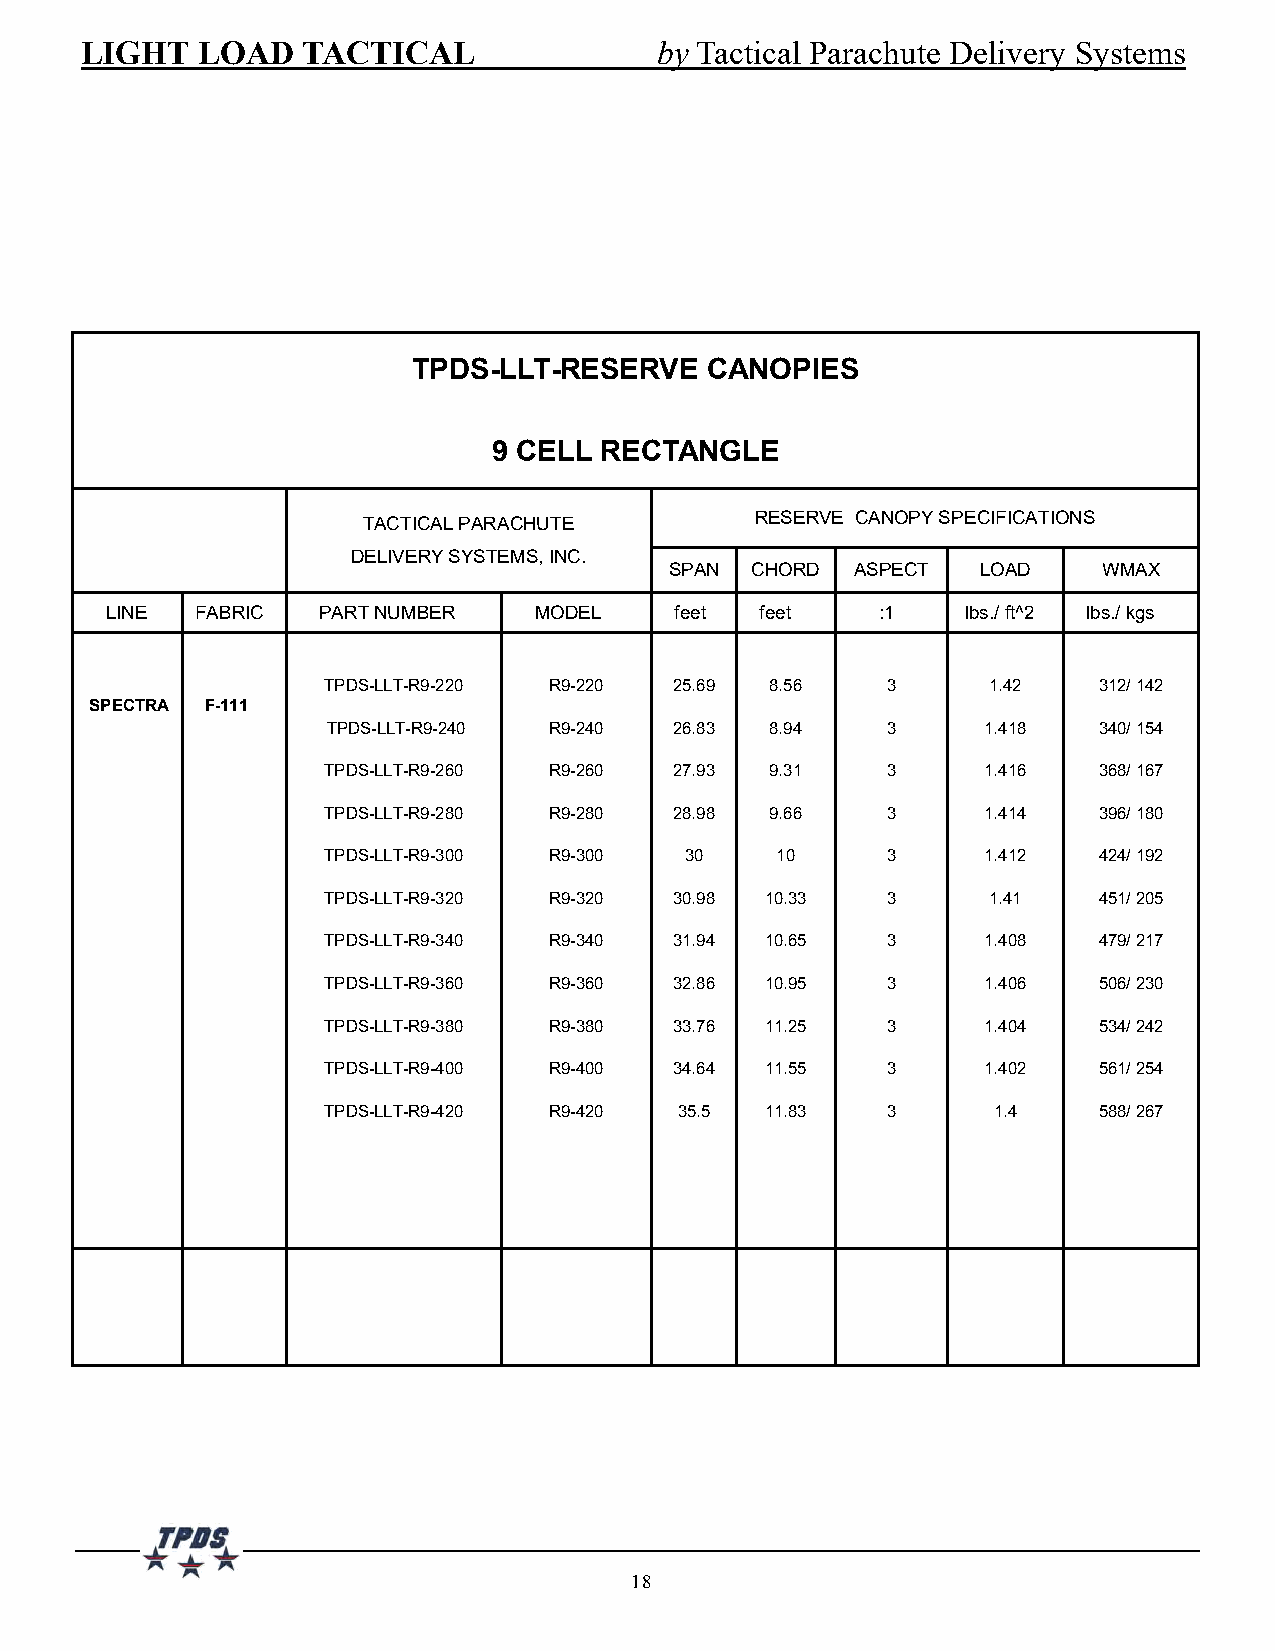
LIGHT   LOAD   TACTICAL               by Tactical Parachute Delivery Systems
 TPDS-LLT-RESERVE    CANOPIES
 9 CELL RECTANGLE
 TACTICAL PARACHUTE        RESERVE CANOPY SPECIFICATIONS
 DELIVERY SYSTEMS, INC.
 SPAN  CHORD  ASPECT  LOAD    WMAX
 LINE  FABRIC  PART NUMBER   MODEL     feet feet    :1    lbs./ ft^2 lbs./ kgs
 TPDS-LLT-R9-220 R9-220  25.69 8.56    3     1.42    312/ 142
 SPECTRA F-111
 TPDS-LLT-R9-240 R9-240 26.83 8.94    3     1.418   340/ 154
 TPDS-LLT-R9-260 R9-260  27.93 9.31    3     1.416   368/ 167
 TPDS-LLT-R9-280 R9-280  28.98 9.66    3     1.414   396/ 180
 TPDS-LLT-R9-300 R9-300  30    10      3     1.412   424/ 192
 TPDS-LLT-R9-320 R9-320  30.98 10.33   3     1.41    451/ 205
 TPDS-LLT-R9-340 R9-340  31.94 10.65   3     1.408   479/ 217
 TPDS-LLT-R9-360 R9-360  32.86 10.95   3     1.406   506/ 230
 TPDS-LLT-R9-380 R9-380  33.76 11.25   3     1.404   534/ 242
 TPDS-LLT-R9-400 R9-400  34.64 11.55   3     1.402   561/ 254
 TPDS-LLT-R9-420 R9-420  35.5  11.83   3      1.4    588/ 267
 18